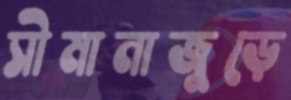
সীমানাজুড়ে